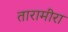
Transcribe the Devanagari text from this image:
तारामीरा